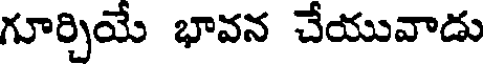
గూర్చియే భావన చేయువాడు